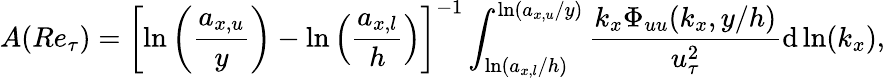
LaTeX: A(Re_{\tau})=\left[\ln\left(\frac{a_{x,u}}{y}\right)-\ln\left(\frac{a_{x,l}}{h}\right)\right]^{-1}\int_{\ln\left(a_{x,l}/h\right)}^{\ln\left(a_{x,u}/y\right)}\frac{k_{x}\Phi_{uu}(k_{x},y/h)}{u_{\tau}^{2}}\mathrm{d}\ln(k_{x}),